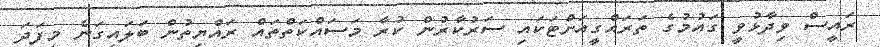
ރައީސް ވިދާޅުވީ ގައުމުގެ ތަރައްގީއަށްޓަކައި ސަރުކާރުން ކުރާ މަސައްކަތްތައް ރައްޔިތުން ބަލައިގަނެ މިފަދަ